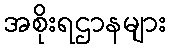
အစိုးရဌာနများ